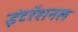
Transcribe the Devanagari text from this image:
इंटरॅशनल